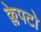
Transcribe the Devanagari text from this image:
क्लेपटो